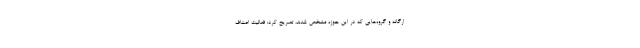
ارگانه و گروه‌هایی که در این حوزه مشخص شدند، تصریح کرد: فعالیت اصناف